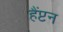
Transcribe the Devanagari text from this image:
हैंप्टन